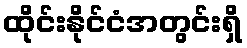
ထိုင်းနိုင်ငံအတွင်းရှိ